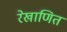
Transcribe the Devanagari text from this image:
रेखाणित